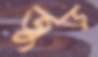
জুড়